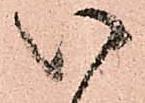
以